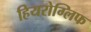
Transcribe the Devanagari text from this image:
हियरोग्लिफ